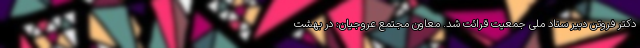
دکتر فروتن دبیر ستاد ملی جمعیت قرائت شد. معاون مجتمع عروجیان: در بهشت